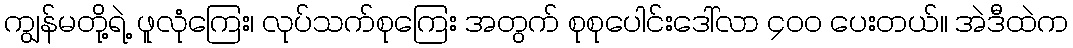
ကျွန်မတို့ရဲ့ ဖူလုံကြေး၊ လုပ်သက်စုကြေး အတွက် စုစုပေါင်းဒေါ်လာ ၄၀၀ ပေးတယ်၊၊ အဲဒီထဲက